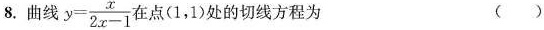
8.曲线$$y = \frac{x}{2x-1}$$在点(1,1)处的切线方程为（）